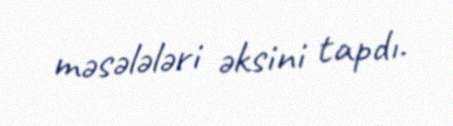
məsələləri əksini tapdı.